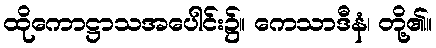
ထိုကောဋ္ဌာသအပေါင်း၌။ ကေသာဒီနံ၊ တို့၏။